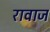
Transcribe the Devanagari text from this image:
रावाज